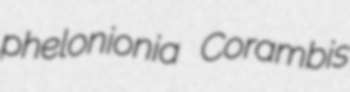
phelonionia Corambis